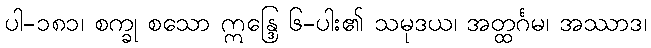
ပါ-၁၈၁၊ စက္ခု စသော ဣန္ဒြေ ၆-ပါး၏ သမုဒယ၊ အတ္ထင်္ဂမ၊ အဿာဒ၊